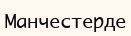
Манчестерде